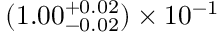
( 1 . 0 0 _ { - 0 . 0 2 } ^ { + 0 . 0 2 } ) \times 1 0 ^ { - 1 }